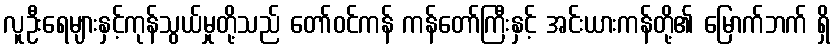
လူဦးရေများနှင့်ကုန်သွယ်မှုတို့သည် တော်ဝင်ကန် ကန်တော်ကြီးနှင့် အင်းယားကန်တို့၏ မြောက်ဘက် ရှိ